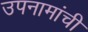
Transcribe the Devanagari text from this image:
उपनामांची